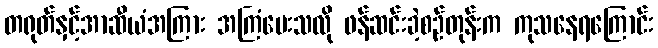
တရုတ်နှင့်အာဆီယံအကြား အကြံပေးသလို ဖန်ဆင်းခဲ့စဉ်တုန်းက ကုသနေရကြောင်း